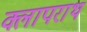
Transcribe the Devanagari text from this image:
क्लापराथ